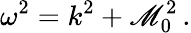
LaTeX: \omega^{2}=k^{2}+\mathscr{M}_{0}^{2}\, .